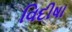
વિદીષા